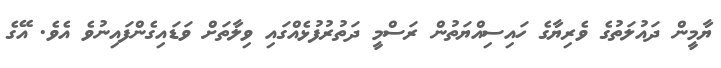
ޔާމީން ދައުލަތުގެ ވެރިޔާގެ ހައިސިއްޔަތުން ރަސްމީ ދަތުރުފުޅެއްގައި ވިލާތަށް ވަޑައިގެންފައިނުވެ އެވެ. އޭގެ